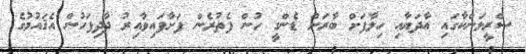
ސްރީލަންކާގައި އާދަޔާއި ހިލާފަށް ބާރަށް ޑެންގީ ހުން ފެތުރެން ފަށާފައިވާއިރު ދާދިފަހުން އެޤައުމުގެ